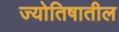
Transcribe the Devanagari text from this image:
ज्योतिषातील